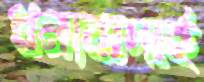
ধন্যবাদার্হ